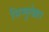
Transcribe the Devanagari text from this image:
सिमुलेक्रा